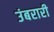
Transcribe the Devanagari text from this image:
उंबरारी